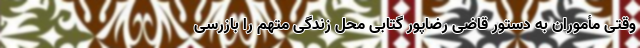
وقتی مأموران به دستور قاضی رضاپور گتابی محل زندگی متهم را بازرسی